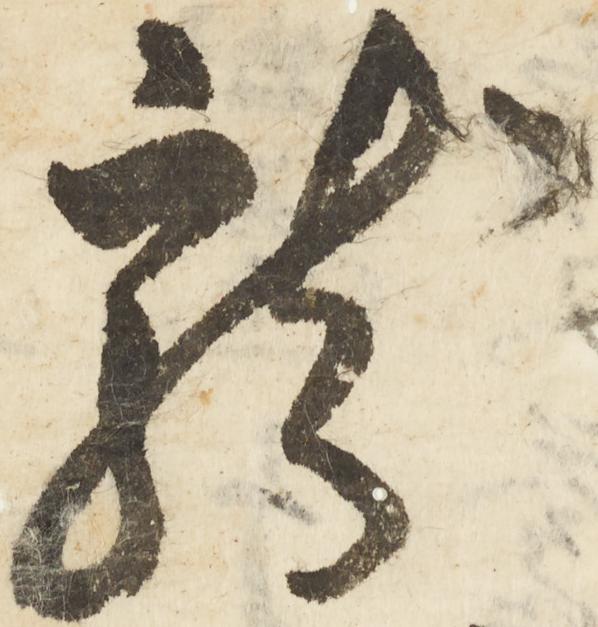
龍